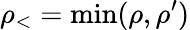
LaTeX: \rho_{<}=\operatorname*{min}(\rho,\rho^{\prime})